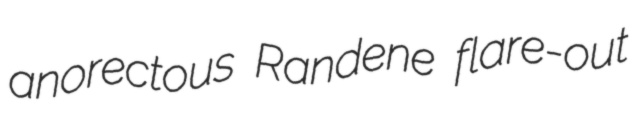
anorectous Randene flare-out